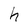
Character: h